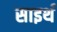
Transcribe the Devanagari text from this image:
साइर्थ